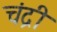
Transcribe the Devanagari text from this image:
चंद्री